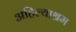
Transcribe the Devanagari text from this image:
अहिल्याश्रम